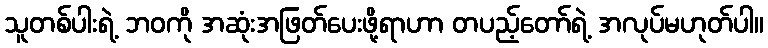
သူတစ်ပါးရဲ့ ဘဝကို အဆုံးအဖြတ်ပေးဖို့ရာဟာ တပည့်တော်ရဲ့ အလုပ်မဟုတ်ပါ။